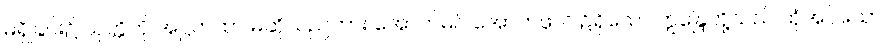
မရှိခြင်း၌ ယုတ္တိကို အဋ္ဌကထာ မဆိုသည်ကား အောက်မဂ် အောက်ဖိုလ် ၌ရှိသော ဣန္ဒြေတို့သည် ထုံအပ်သော